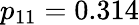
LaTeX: p_{11}=0.314